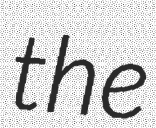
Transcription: the